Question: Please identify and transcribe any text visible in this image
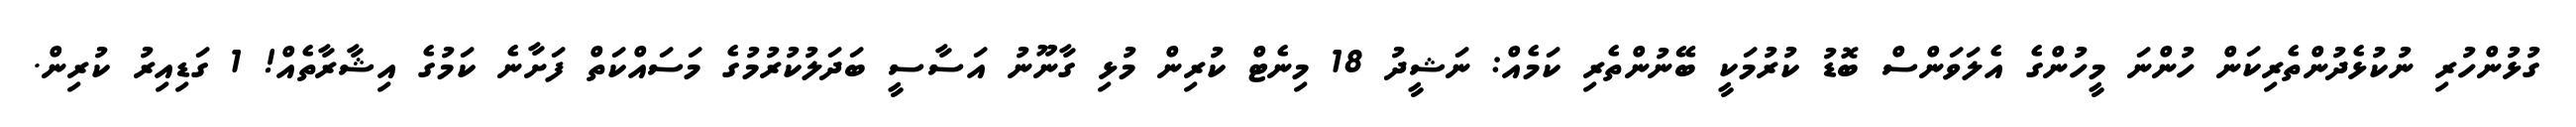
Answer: ގުޅުންހުރި ނުކުޅެދުންތެރިކަން ހުންނަ މީހުންގެ އެލަވަންސް ބޮޑު ކުރުމަކީ ބޭނުންތެރި ކަމެއް: ނަޝީދު 18 މިނެޓް ކުރިން މުޅި ގާނޫނު އަސާސީ ބަދަލުކުރުމުގެ މަސައްކަތް ފަށާނެ ކަމުގެ އިޝާރާތެއް! 1 ގަޑިއިރު ކުރިން.